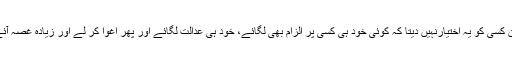
یہ بات بھی درست ہے کہ آئین پاکستان کسی کو یہ اختیارنہیں دیتا کہ کوئی خود ہی کسی پر الزام بھی لگائے، خود ہی عدالت لگائے اور پھر اغوا کر لے اور زیادہ غصہ آئے تو بے رحمی سے قتل بھی کر دے۔